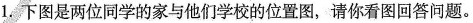
1.下图是两位同学的家与他们学校的位置图，请你看图回答问题。